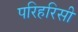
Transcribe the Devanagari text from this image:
परिहरिसी